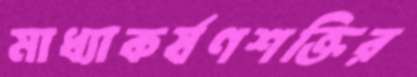
মাধ্যাকর্ষণশক্তির